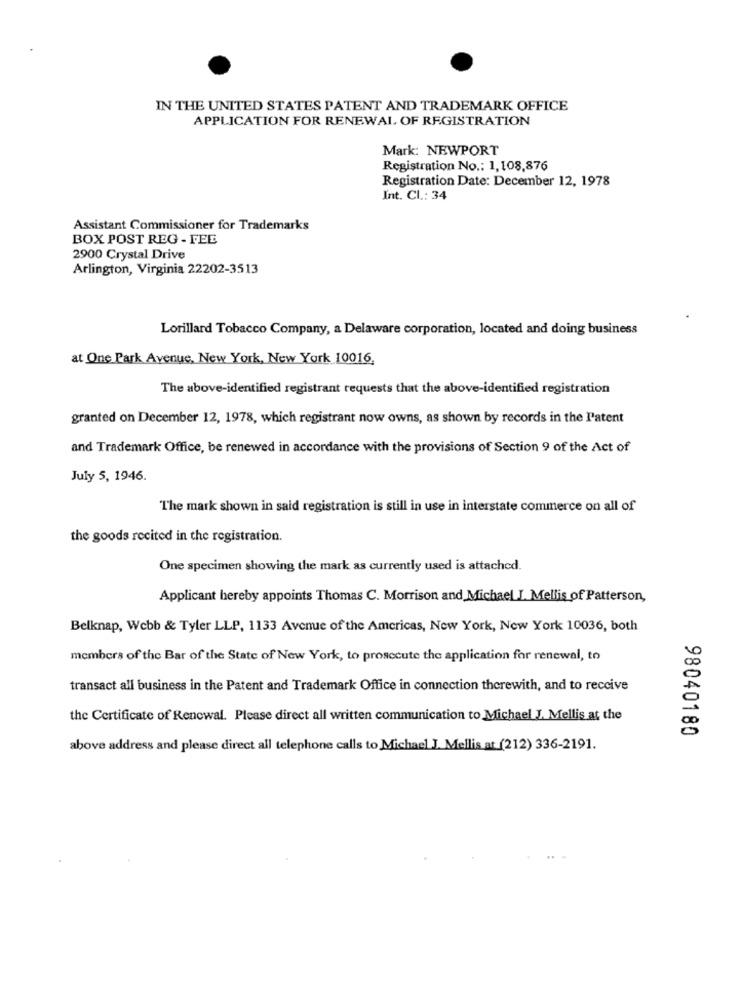
IN THE UNITED STATES PATENT AND TRADEMARK OFFICE
APPLICATION FOR RENEWAL OF REGISTRATION
Mark: NEWPORT
Registration No .: 1,108,876
Registration Date: December 12, 1978
Int. Cl .: 34
Assistant Commissioner for Trademarks
BOX POST REG - FEE
2900 Crystal Drive
Arlington, Virginia 22202-3513
Lorillard Tobacco Company, a Delaware corporation, located and doing business
at One Park Avenue, New York, New York 10016,
The above-identified registrant requests that the above-identified registration
granted on December 12, 1978, which registrant now owns, as shown by records in the l'atent
and Trademark Office, be renewed in accordance with the provisions of Section 9 of the Act of
July 5, 1946.
The mark shown in said registration is still in use in interstate commerce on all of
the goods recited in the registration.
One specimen showing the mark as currently used is attached.
Applicant hereby appoints Thomas C. Morrison and Michael I. Mellis of Patterson,
Belknap, Webb & Tyler LLP, 1133 Avenue of the Americas, New York, New York 10036, both
members of the Bar of the State of New York, to prosccute the application for renewal, to
transact all business in the Patent and Trademark Office in connection therewith, and to receive
the Certificate of Renewal. Please direct all written communication to Michael J. Mellis at the
98040180
above address and please direct all telephone calls to Michael J. Mellis at (212) 336-2191.